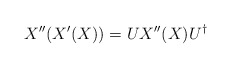
\begin{align*}X''(X'(X)) = U X''(X) U^{\dagger}\end{align*}